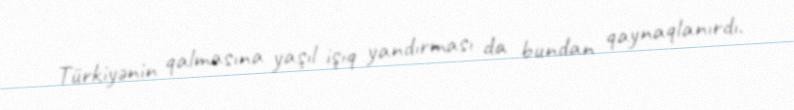
Türkiyənin qalmasına yaşıl işıq yandırması da bundan qaynaqlanırdı.